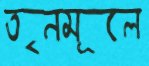
তৃনমূলে